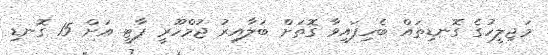
މަޖިލީހުގެ ގޮނޑިތައް ބެހިފައިވާ ގޮތަށް ބަލާއިރު ޖުމްހޫރީ ޕާޓީ އަށް 15 ގޮނޑި